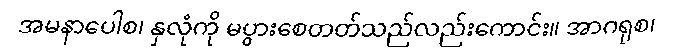
အမနာပေါစ၊ နှလုံကို မပွားစေတတ်သည်လည်းကောင်း။ အာဂရုစ၊